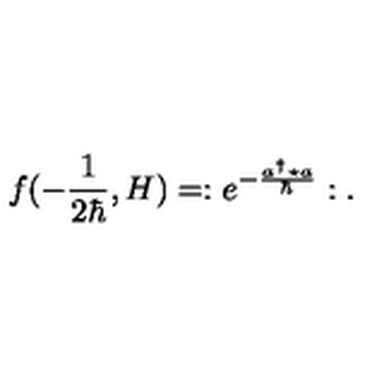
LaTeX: f ( - \frac { 1 } { 2 \hbar } , H ) = : e ^ { - \frac { a ^ { \dagger } \star a } { \hbar } } : .